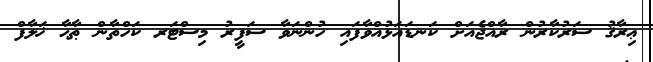
ޢިރާޤު ސަރުކާރުން ރާއްޖެއަށް ކަނޑައަޅުއްވާފައި ހުންނަވާ ސަފީރު މިސްޓަރ ކަހްތާން ޠާޙާ ޚަލާފް